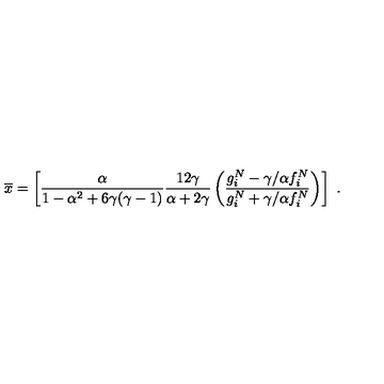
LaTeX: \overline { { x } } = \left[ \frac \alpha { 1 - \alpha ^ { 2 } + 6 \gamma ( \gamma - 1 ) } \frac { 1 2 \gamma } { \alpha + 2 \gamma } \left( \frac { g _ { i } ^ { N } - \gamma / \alpha f _ { i } ^ { N } } { g _ { i } ^ { N } + \gamma / \alpha f _ { i } ^ { N } } \right) \right] \ .